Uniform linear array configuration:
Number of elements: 4
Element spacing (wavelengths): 1
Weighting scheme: binomial
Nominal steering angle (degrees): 60
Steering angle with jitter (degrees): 60.811
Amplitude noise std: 0.05
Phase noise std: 0.05

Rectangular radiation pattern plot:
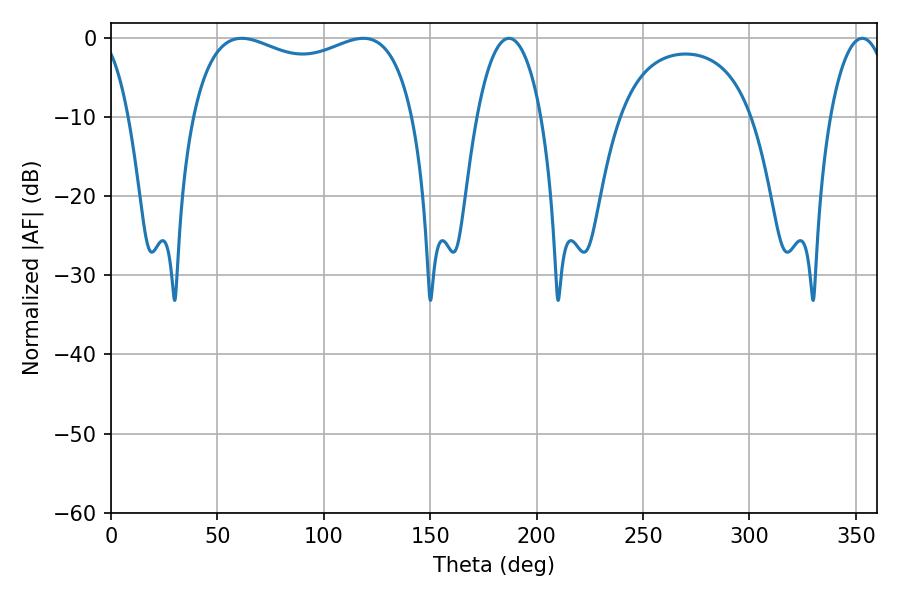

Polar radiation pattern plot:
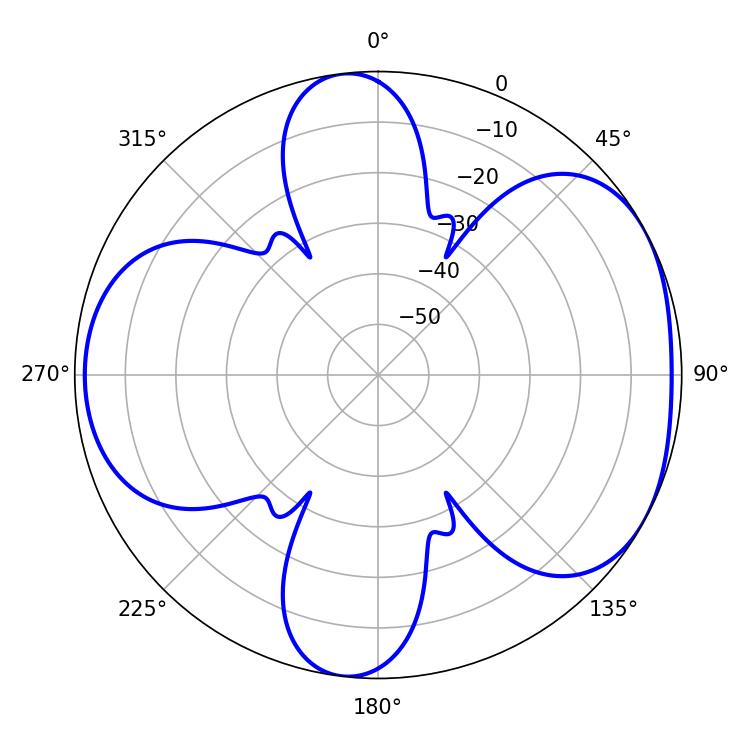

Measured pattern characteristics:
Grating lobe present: TRUE
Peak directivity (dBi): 5.028
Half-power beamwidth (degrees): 85.68
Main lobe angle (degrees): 61.38